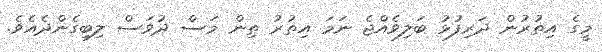
މީގެ އިތުރުން ދަރިފުޅު ބަލިވެއްޖެ ނަމަ އިތުރު ތިން މަސް ދުވަސް ލިބިގެންދެއެވެ.